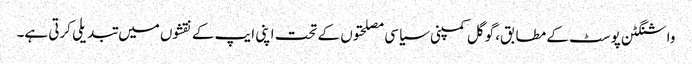
واشنگٹن پوسٹ کے مطابق، گوگل کمپنی سیاسی مصلحتوں کے تحت اپنی ایپ کے نقشوں میں تبدیلی کرتی ہے۔